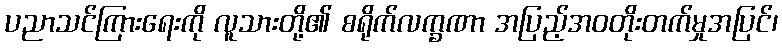
ပညာသင်ကြားရေးကို လူသားတို့၏ စရိုက်လက္ခဏာ အပြည့်အဝတိုးတက်မှုအပြင်၊